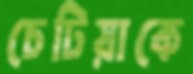
চেটিয়াকে